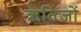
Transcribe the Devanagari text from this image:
ऋतिजों